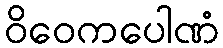
ဝိဝေကပေါဏံ